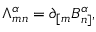
{ \Lambda } _ { m n } ^ { \alpha } = \partial _ { [ m } B _ { n ] } ^ { \alpha } ,